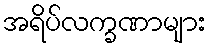
အရိပ်လက္ခဏာများ